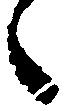
候